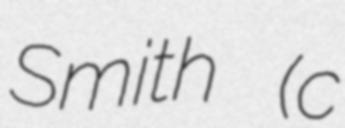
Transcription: Smith (c